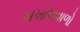
બખોલવાળો